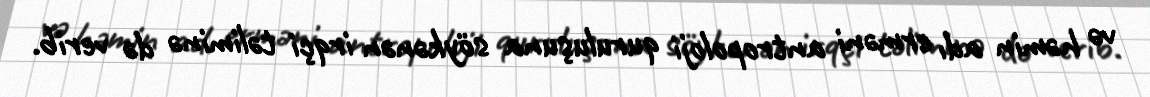
və həmin adı erməni antropoloji quruluşuna söykənən irqçi təliminə də verib.